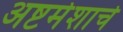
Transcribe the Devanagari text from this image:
अष्टमेशाचे